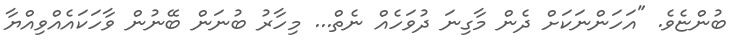
ބުންޏެވެ. "އަހަންނަކަށް ދެން މާގިނަ ދުވަހެއް ނެތް... މިހާރު ބުނަން ބޭނުން ވާހަކައެއްވިއްޔާ